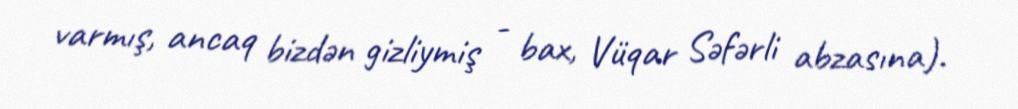
varmış, ancaq bizdən gizliymiş - bax, Vüqar Səfərli abzasına).